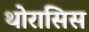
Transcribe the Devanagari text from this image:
थोरासिस